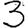
Digit: 3